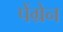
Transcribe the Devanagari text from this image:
पेंग्रेन